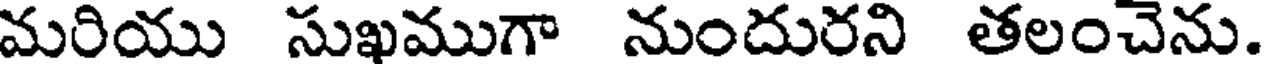
మరియు సుఖముగా నుందురని తలంచెను.